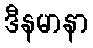
ဒီနမာနာ